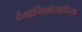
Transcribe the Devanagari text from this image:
वैमानिकांसाठीच्या